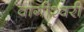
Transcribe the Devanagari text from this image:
वागीश्‍वरी